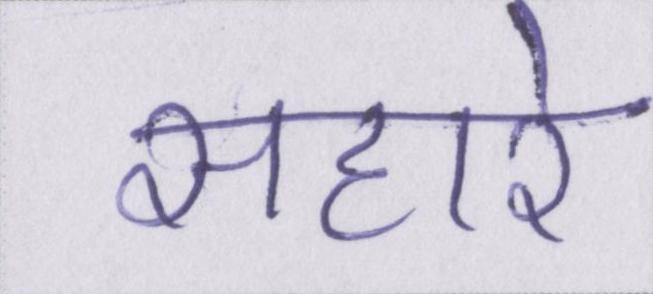
सहारे